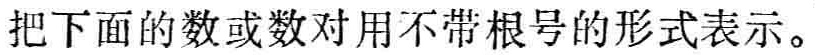
把下面的数或数对用不带根号的形式表示。